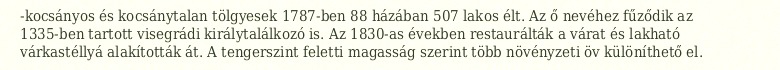
-kocsányos és kocsánytalan tölgyesek 1787-ben 88 házában 507 lakos élt. Az ő nevéhez fűződik az 1335-ben tartott visegrádi királytalálkozó is. Az 1830-as években restaurálták a várat és lakható várkastéllyá alakították át. A tengerszint feletti magasság szerint több növényzeti öv különíthető el.